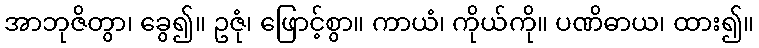
အာဘုဇိတွာ၊ ခွေ၍။ ဥဇုံ၊ ဖြောင့်စွာ။ ကာယံ၊ ကိုယ်ကို။ ပဏိဓာယ၊ ထား၍။